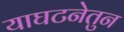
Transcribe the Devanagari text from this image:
याघटनेतुन